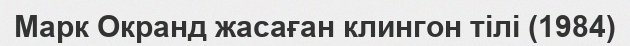
Марк Окранд жасаған клингон тілі (1984)